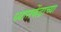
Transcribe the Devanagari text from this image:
ध्यानकेंद्राच्या